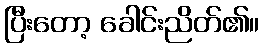
ပြီးတော့ ခေါင်းညိတ်၏။